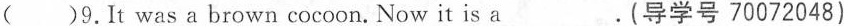
( )9.It was a brown cocoon. Now it is a._________ (导学号 70072048)